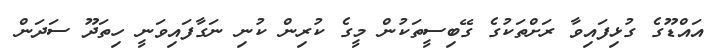
އައްޑޫގެ ގުޅިފައިވާ ރަށްތަކުގެ ގޭބިސީތަކުން މީގެ ކުރިން ކުނި ނަގާފައިވަނީ ހިތަދޫ ސަދަން